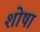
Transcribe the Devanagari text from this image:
शोषा